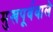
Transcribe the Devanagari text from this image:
मुखपूर्ववाले